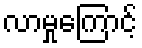
လာမှုကြောင့်